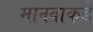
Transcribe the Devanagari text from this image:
मानवाकडे